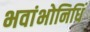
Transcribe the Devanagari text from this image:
भवांभोनिधिं